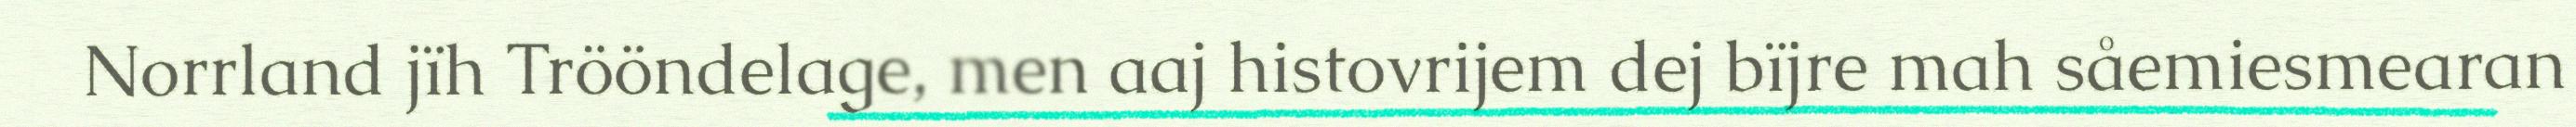
Norrland jïh Trööndelage, men aaj histovrijem dej bïjre mah såemiesmearan